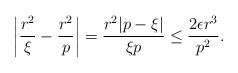
LaTeX: \begin{align*}\left|\frac{r^2}{\xi}-\frac{r^2}{p}\right|=\frac{r^2|p-\xi|}{\xi p}\le \frac{2\epsilon r^3}{p^2}.\end{align*}